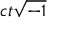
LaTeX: c t { \sqrt { - 1 } }